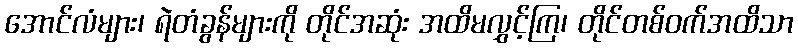
အောင်လံများ၊ ရဲတံခွန်များကို တိုင်အဆုံး အထိမလွှင့်ကြ၊ တိုင်တစ်ဝက်အထိသာ